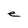
Character: e